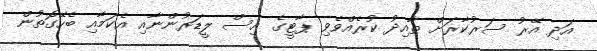
އަދި އޭރު ސަރުކާރަށް ތާއިދު ކުރެއްވެވި ޕާޓީގެ އިސް ލީޑަރުންނާއި އެކަމާއި ބެހޭގޮތުން